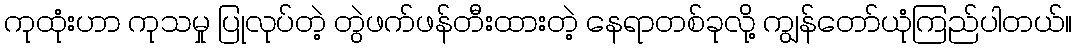
ကုထုံးဟာ ကုသမှု ပြုလုပ်တဲ့ တွဲဖက်ဖန်တီးထားတဲ့ နေရာတစ်ခုလို့ ကျွန်တော်ယုံကြည်ပါတယ်။